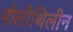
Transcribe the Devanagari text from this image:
पोलीथिलीन